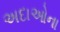
અદાઓના